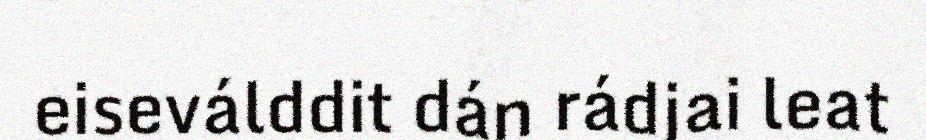
eiseválddit dán rádjai leat